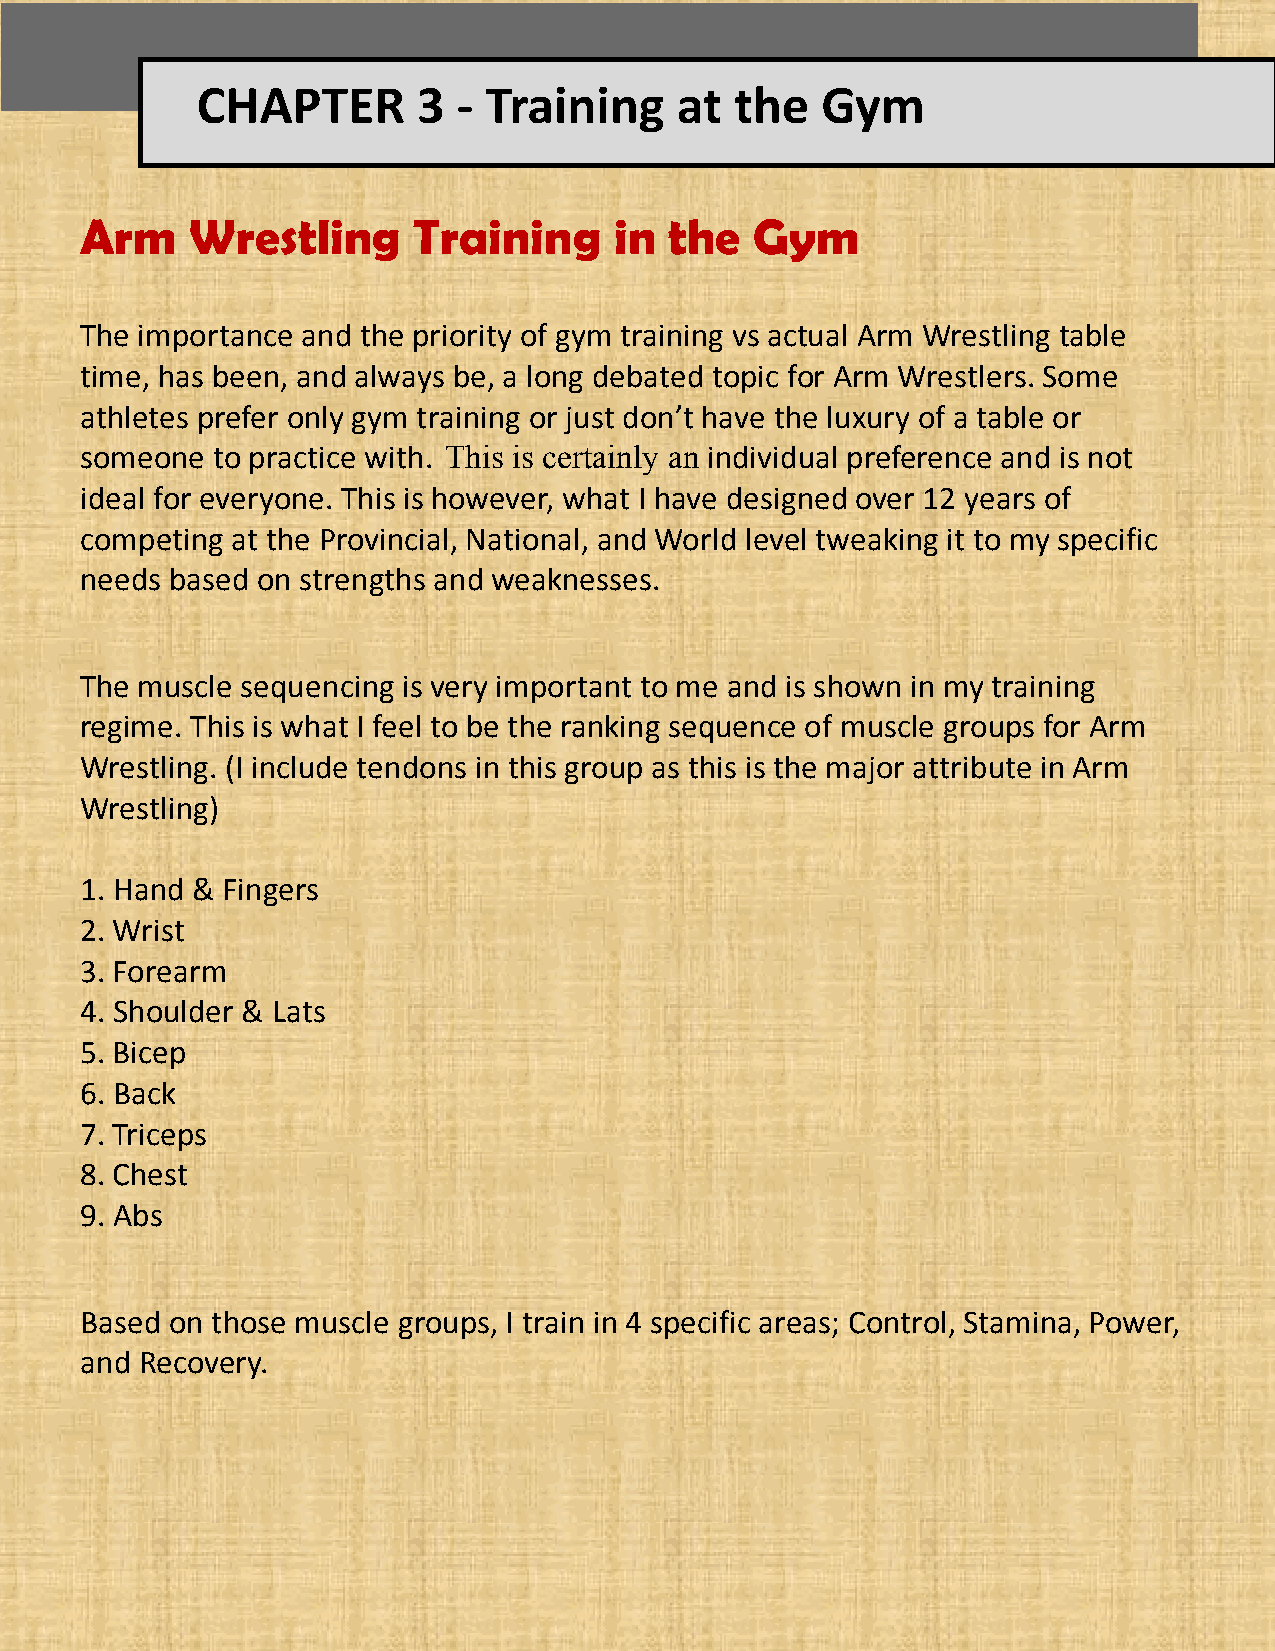
CHAPTER        3 - Training     at  the  Gym
 Arm     Wrestling     Training      in the   Gym
 The importance and the priority of gym training vs actual Arm Wrestling table
 time, has been, and always be, a long debated topic for Arm Wrestlers. Some
 athletes prefer only gym training or just don’t have the luxury of a table or
 someone  to practice with. This is certainly an individual preference and is not
 ideal for everyone. This is however, what I have designed over 12 years of
 competing at the Provincial, National, and World level tweaking it to my specific
 needs based on strengths and weaknesses.
 The muscle sequencing is very important to me and is shown in my training
 regime. This is what I feel to be the ranking sequence of muscle groups for Arm
 Wrestling. (I include tendons in this group as this is the major attribute in Arm
 Wrestling)
 1. Hand & Fingers
 2. Wrist
 3. Forearm
 4. Shoulder & Lats
 5. Bicep
 6. Back
 7. Triceps
 8. Chest
 9. Abs
 Based on those muscle groups, I train in 4 specific areas; Control, Stamina, Power,
 and Recovery.